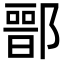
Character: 𨝶